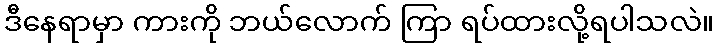
ဒီနေရာမှာ ကားကို ဘယ်လောက် ကြာ ရပ်ထားလို့ရပါသလဲ။